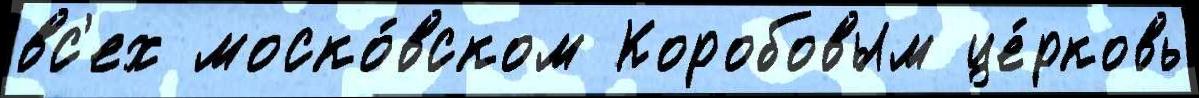
вс'ех моско́вском Коробовым це́рковь